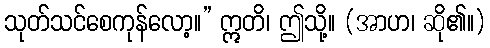
သုတ်သင်စေကုန်လော့။” ဣတိ၊ ဤသို့။ (အာဟ၊ ဆို၏။)